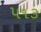
૫૧૩